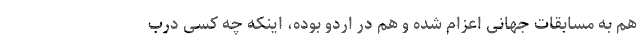
هم به مسابقات جهانی اعزام شده و هم در اردو بوده، اینکه چه کسی درب